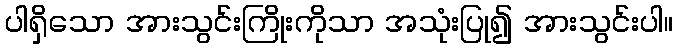
ပါရှိသော အားသွင်းကြိုးကိုသာ အသုံးပြု၍ အားသွင်းပါ။